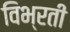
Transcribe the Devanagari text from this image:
विभ्रती